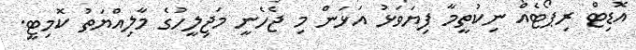
އޮޑިޓް ރިޕޯޓެއް ނިކުތީމާ ފިޔަވަޅު އަޅަން މި ޖެހެނީ މަޖިލީހުގެ މާލިއްޔަތު ކޮމިޓީ.